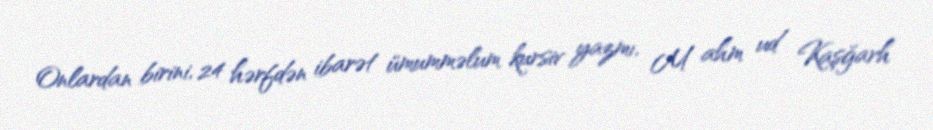
Onlardan birini, 24 hərfdən ibarət ümumməlum kursiv yazmı, M ahm ud Kaşğarh